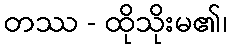
တဿ - ထိုသိုးမ၏၊